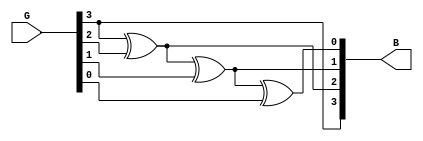
`timescale 1ns / 1ps
//////////////////////////////////////////////////////////////////////////////////
// Company: 
// Engineer: 
// 
// Design Name: 
// Module Name:    gray_to_binary 
// Project Name: 
// Target Devices: 
// Tool versions: 
// Description: 
//
// Dependencies: 
//
// Revision: 
// Revision 0.01 - File Created
// Additional Comments: 
//
//////////////////////////////////////////////////////////////////////////////////
module gray_to_binary(
    input [3:0] G,
    output [3:0] B
    );
	 assign B[3]=G[3];
	 xor(B[2],G[3],G[2]);
	 xor(B[1],B[2],G[1]);
	 xor(B[0],B[1],G[0]);
	 


endmodule